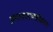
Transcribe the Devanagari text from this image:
प्रकाशआक्सीकरण